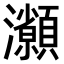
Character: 𤅓